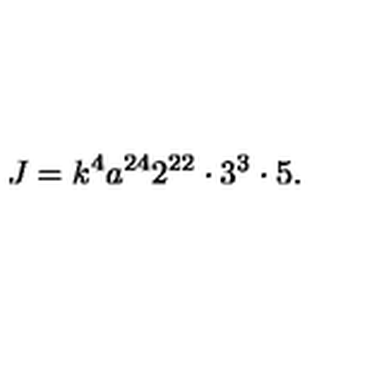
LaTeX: J = k ^ { 4 } a ^ { 2 4 } 2 ^ { 2 2 } \cdot 3 ^ { 3 } \cdot 5 .